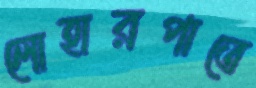
লোহারপাতে